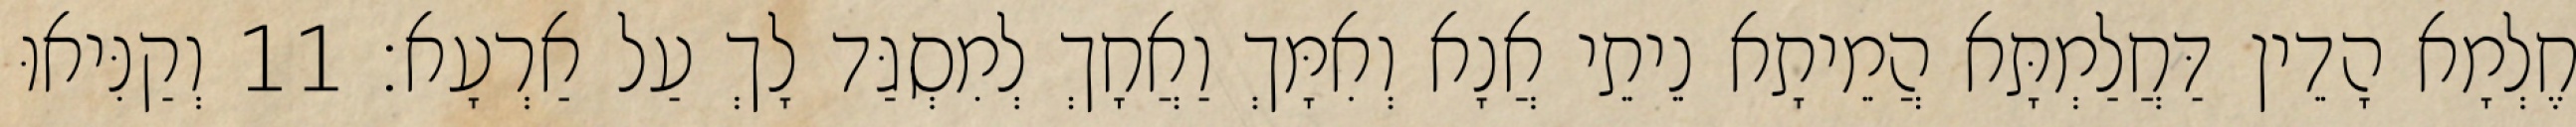
חֶלְמָא הָדֵין דַּחֲלַמְתָּא הֲמֵיתָא נֵיתֵי אֲנָא וְאִמָּךְ וַאֲחָךְ לְמִסְגַּד לָךְ עַל אַרְעָא׃ 11 וְקַנִּיאוּ